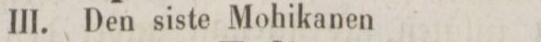
III. Den siste Mohikanen 2: ”